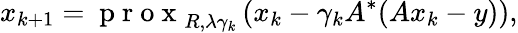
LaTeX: x_{k+1}=\mathrm{~p~r~o~x~}_{R,\lambda\gamma_{k}}\left(x_{k}-\gamma_{k}A^{*}(Ax_{k}-y)\right),